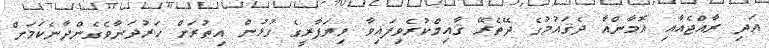
އަދި ރާއްޖެއާއި އޮމާންއާ ދެޤައުމުގެ ދޭތެރޭ ޤާއިމްކުރެވިފައިވާ ވިޔަފާރީގެ ގުޅުން އިތުރަށް ހަރުދަނާވެގެންދާނެކަމަށް